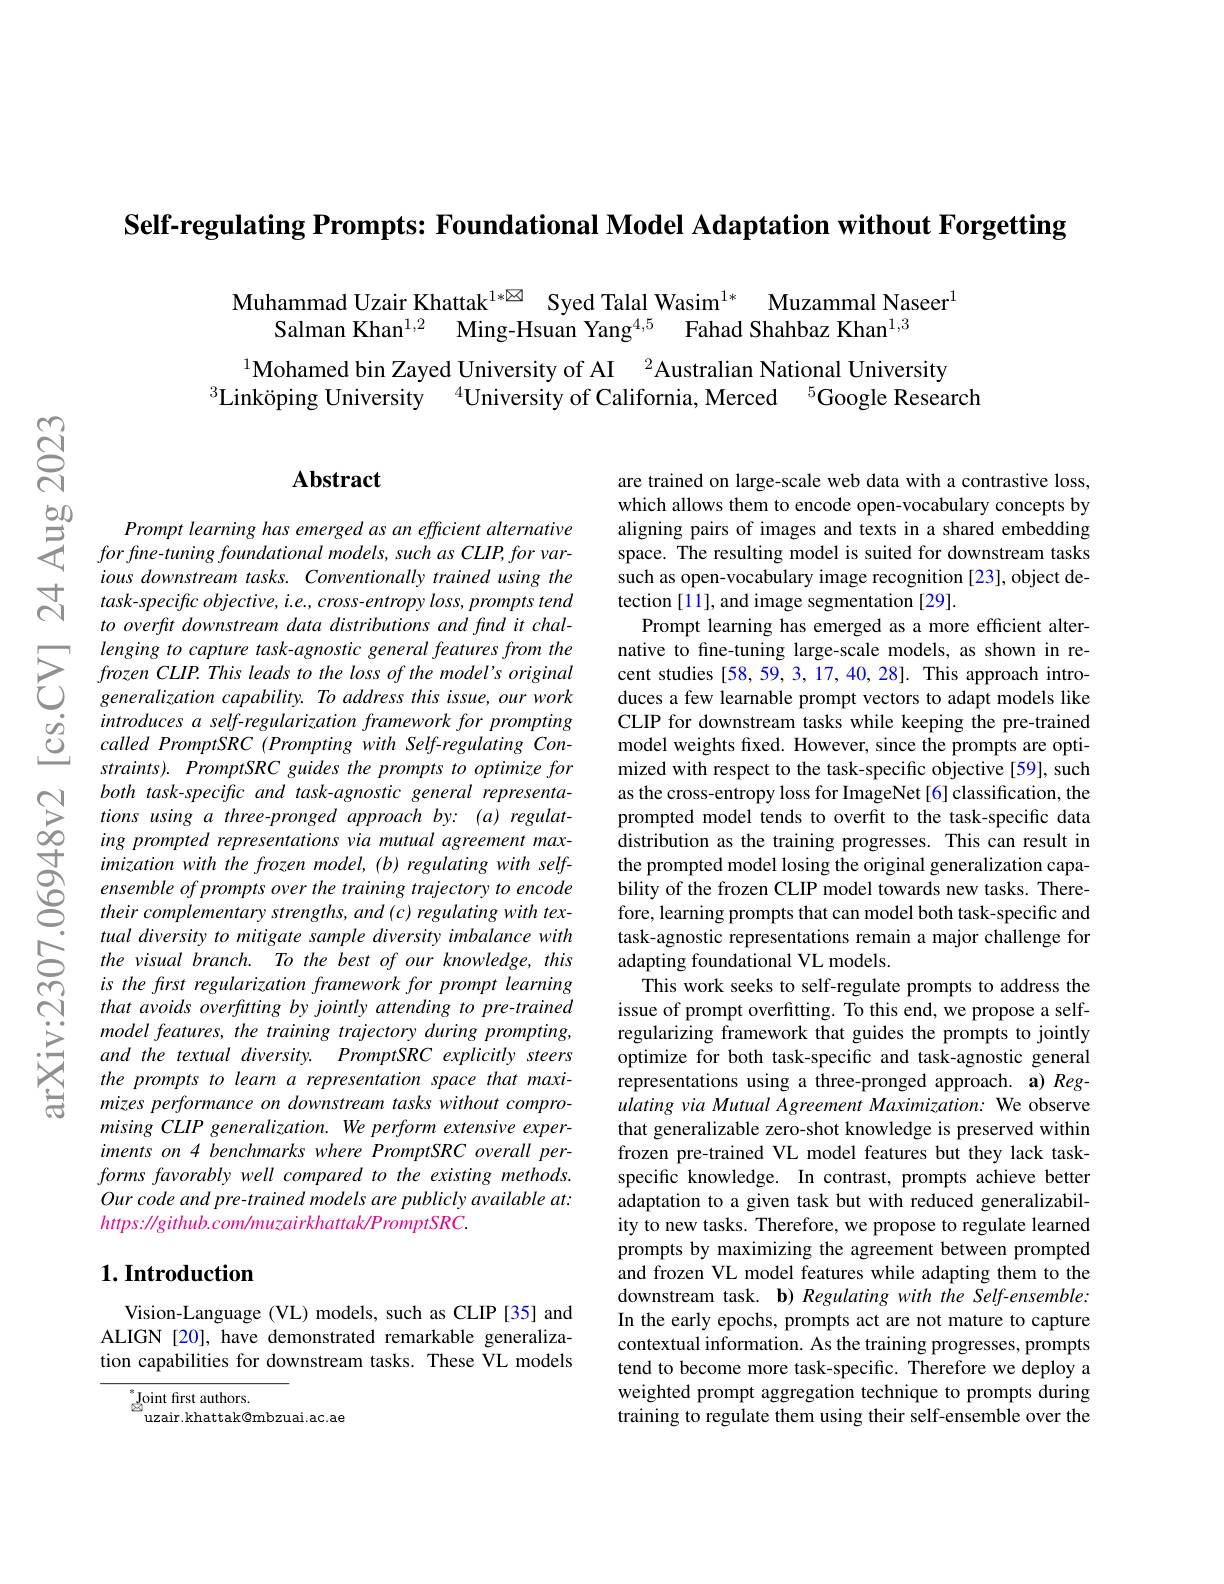
Self-regulating Prompts: Foundational Model Adaptation without Forgetting

$\begin{array}{c}{\mathrm{Muhammad~Uzair~Khattak}^{1*\boxtimes}}&{\mathrm{Syed~Talal~Wasim}^{1*}}&{\mathrm{Muzammal~Naseer}}\\{\mathrm{Salman~Khan}^{1,2}}&{\mathrm{Ming-Hsuan~Yang}^{4,5}}&{\mathrm{Fahad~Shahbaz~Khan}^{1,3}}\end{array}$

$^{1}$Mohamed bin Zayed University of AI $^2$Australian National University
$^{3}$Linköping University$^{4}$University of California, Merced$^{5}$Google Research

## $\mathbf{Abstract}$

Prompt learning has emerged as an efficient alternative for fine- tuning foundational models, such as CLIP, for various downstream tasks. Conventionally trained using the $task- specificobjective, i. e. , cross- entropyloss, prompts$ tend to overfit downstream data distributions and find it challenging to capture task-agnostic general features from the
lenging to caputre task- agnostic general fea
$\begin{array}{lll}\dot{g}&introduces~a~self-regularization~framework~for~prompting\end{array}$
straints). PromptSRC guides the prompts to optimize for both task-specific and task-agnostic general representations using a three-pronged approach by: (a) regulating prompted representations via mutual agreement maximization with the frozen model, (b) regulating with selfensemble of prompts over the training trajectory to encode their complementary strengths, and (c) regulating with textual diversity to mitigate sample diversity imbalance with the visual branch. To the best of our knowledge, this is the frst regularization framework for prompt learning that avoids overfuting by jointly attending to pre-trained model features, the training trajectory during prompting, and the textual diversity. PromptSRC explicitly steers the prompts to learn a representation space that maximizes performance on downstream tasks without compromising CLIP generalization. We perform extensive experiments on 4 benchmarks where PromptSRC overall performs favorably well compared to the existing methods. Our code and pre- trained models are publicly available at: $https://github.com/muzairkhattak/PromptSRC.$

### $1. \textbf{Introduction}$

Vision-Language (VL) models, such as CLIP[35] and ALIGN [20], have demonstrated remarkable generalization capabilities for downstream tasks. These VL models

$\overset{*}{\operatorname*{\operatorname*{\operatorname*{\text{Joint frst authors.}}}}}$
uzair.khattak@mbzuai.ac.ae

are trained on large-scale web data with a contrastive loss, which allows them to encode open-vocabulary concepts by aligning pairs of images and texts in a shared embedding space. The resulting model is suited for downstream tasks such as open-vocabulary image recognition [23], object detection [11], and image segmentation [29].
Prompt learning has emerged as a more efficient alternative to fine-tuning large-scale models, as shown in reCLIP for downstream tasks while keeping the pre-trained model weights fixed. However, since the prompts are optimized with respect to the task-specific objective [59], such as the cross-entropy loss for ImageNet [6] classification, the prompted model tends to overfit to the task-specific data distribution as the training progresses. This can result in the prompted model losing the original generalization capability of the frozen CLIP model towards new tasks. Therefore, learning prompts that can model both task-specific and task-agnostic representations remain a major challenge for adapting foundational VL models.
This work seeks to self-regulate prompts to address the issue of prompt overfitting. To this end, we propose a selfregularizing framework that guides the prompts to jointly optimize for both task-specific and task-agnostic general representations using a three-pronged approach. a) Regulating via Mutual Agreement Maximization: We observe that generalizable zero-shot knowledge is preserved within frozen pre-trained VL model features but they lack taskspecific knowledge. In contrast, prompts achieve better adaptation to a given task but with reduced generalizability to new tasks. Therefore, we propose to regulate learned prompts by maximizing the agreement between prompted and frozen VL model features while adapting them to the downstream task. b) Regulating with the Self-ensemble: In the early epochs, prompts act are not mature to capture contextual information. As the training progresses, prompts tend to become more task-specific. Therefore we deploy a weighted prompt aggregation technique to prompts during training to regulate them using their self-ensemble over the